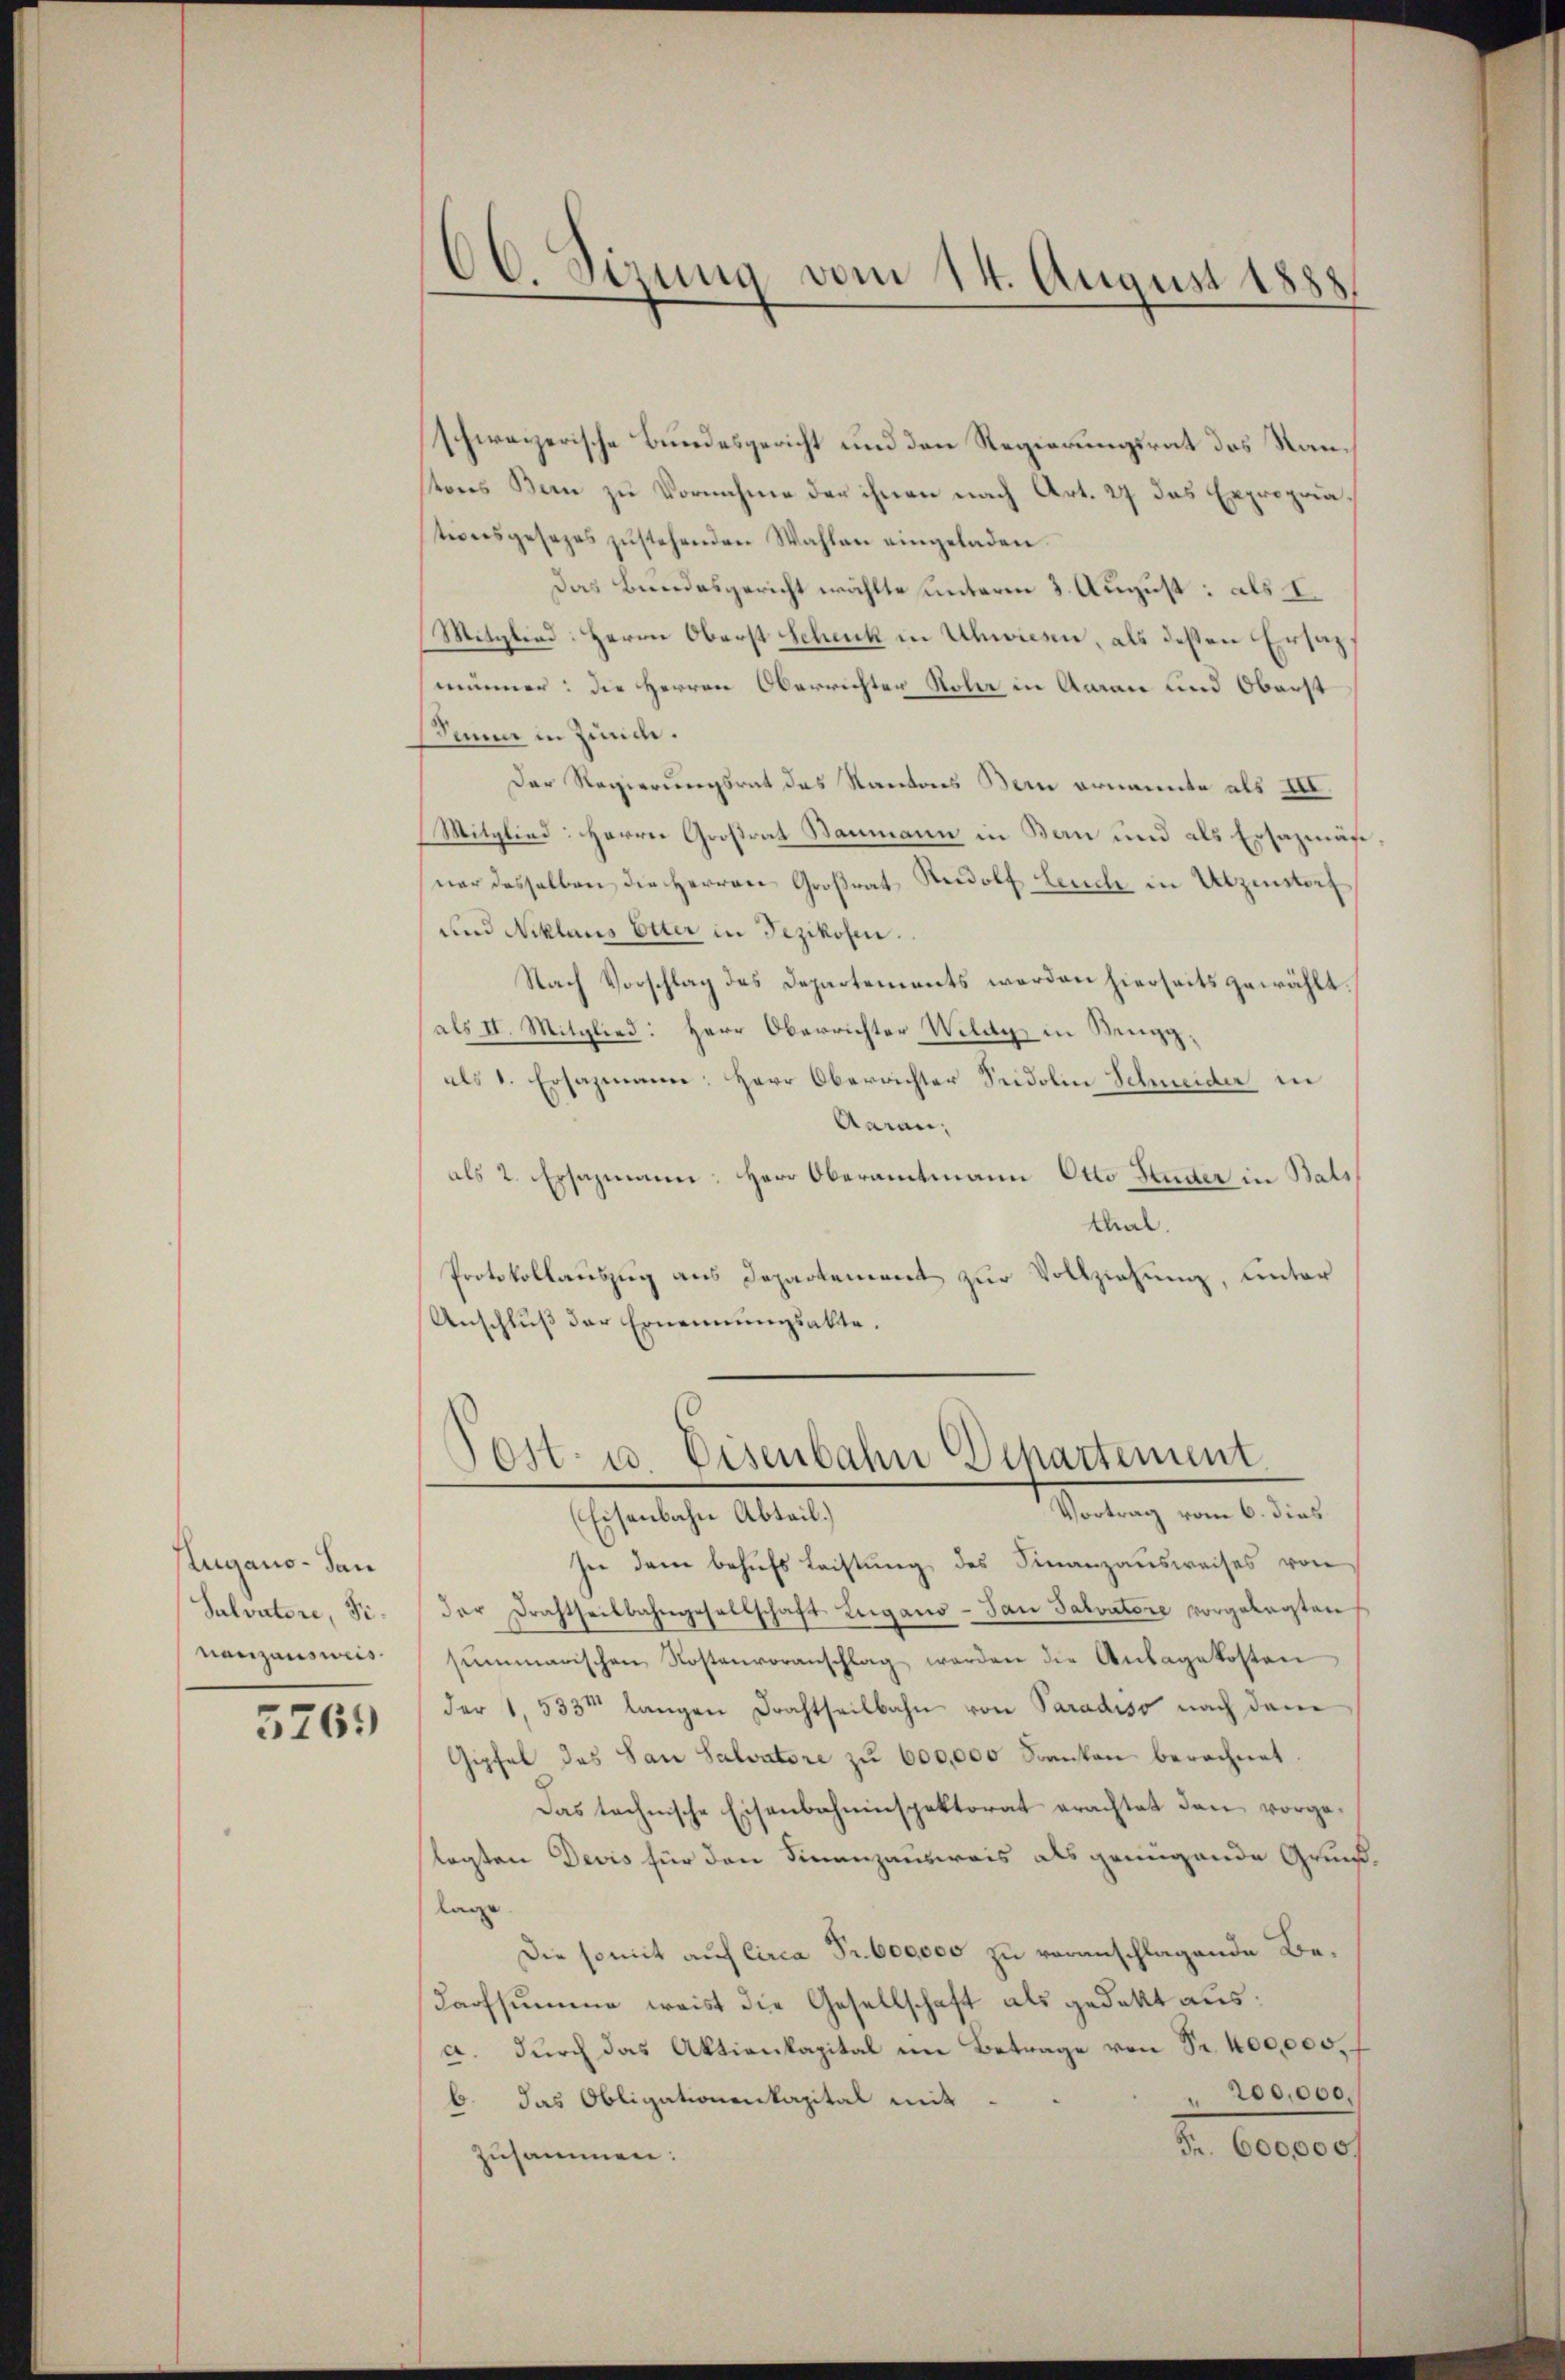
Lugano San
Salvatore, Finanzausweis

5761)

schweizerische Bundesgericht und den Regierungsrat des Nantons Bern zu Vornehme der ihnen nach Art. 27 das Expropriationsgesezes zŭstehenden Wahlen eingeladen.
Das Bundesgericht wählte unterm 3. August: als I.
Mitglied: Herrn Oberst Schenk in Uhwiesen, als dessen Ersatzmänner: die Herren Oberrichten Noli in Aarau und Oberst
Sume in Zürich.
Der Regierungsrat das Kantons Bern ernannte als III.
Mitglied: Herrn Großrat Baumann in Bern und als Ersazmäß.
ner desselben die Herren Großrat Rudolf Leuche in Utzenstorf
und Niklaus Otter in Fezikosen.
Nach Vorschlag des Departements werden hierseits gewählt.
als II. Mitglied: Herr Oberrichter Wildg in Rengg,
als 1. Ersazmann: Herr Oberrichter Seidolin Schneider in
Aarau,
als 2. Ersazmann: Herr Oberamtmann Otto Stadter in Bals
Mal.
Protokollauszug aus Departement zur Vollziehung, unter
Anschluß der Ernennungsakte.

66. Sizung vom 14. August 1888

Post- u Eisenbahn Departement
Vortrag vom 6. dies
(Eisenbahn Abteil.)

see dem behufs Leistung des Finanzausweises von
der Drahtheilbahngesellschaft Lugano San Salvatore vorgelegten
sŭmmarischen Kostenvoranschlag werden die Anlagekosten
der 1. 533t langen Drachtheilbahn von Paradiso nach dem
Gipfel des San Salvatore zu 600,000 Franken berechnet.
Das technische Eisenbahninspektorat erachtet den vorge-
lagten Devis für den Finanzausweis als genügende Grundlage
Die somit auf Circa Fr. 600000 zu voranschlagende Be¬
Darfsumme weist die Gesellschaft als gedekt aus:
a. durch das Aktienkapital im Betrage von Sr. 400,000.
" 200,000.
b. das Obligationenkapital mit
Fr. 600,000
zusammen: